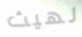
لهيث